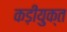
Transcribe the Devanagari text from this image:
कड़ीयुक्त